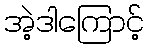
အဲ့ဒါကြောင့်